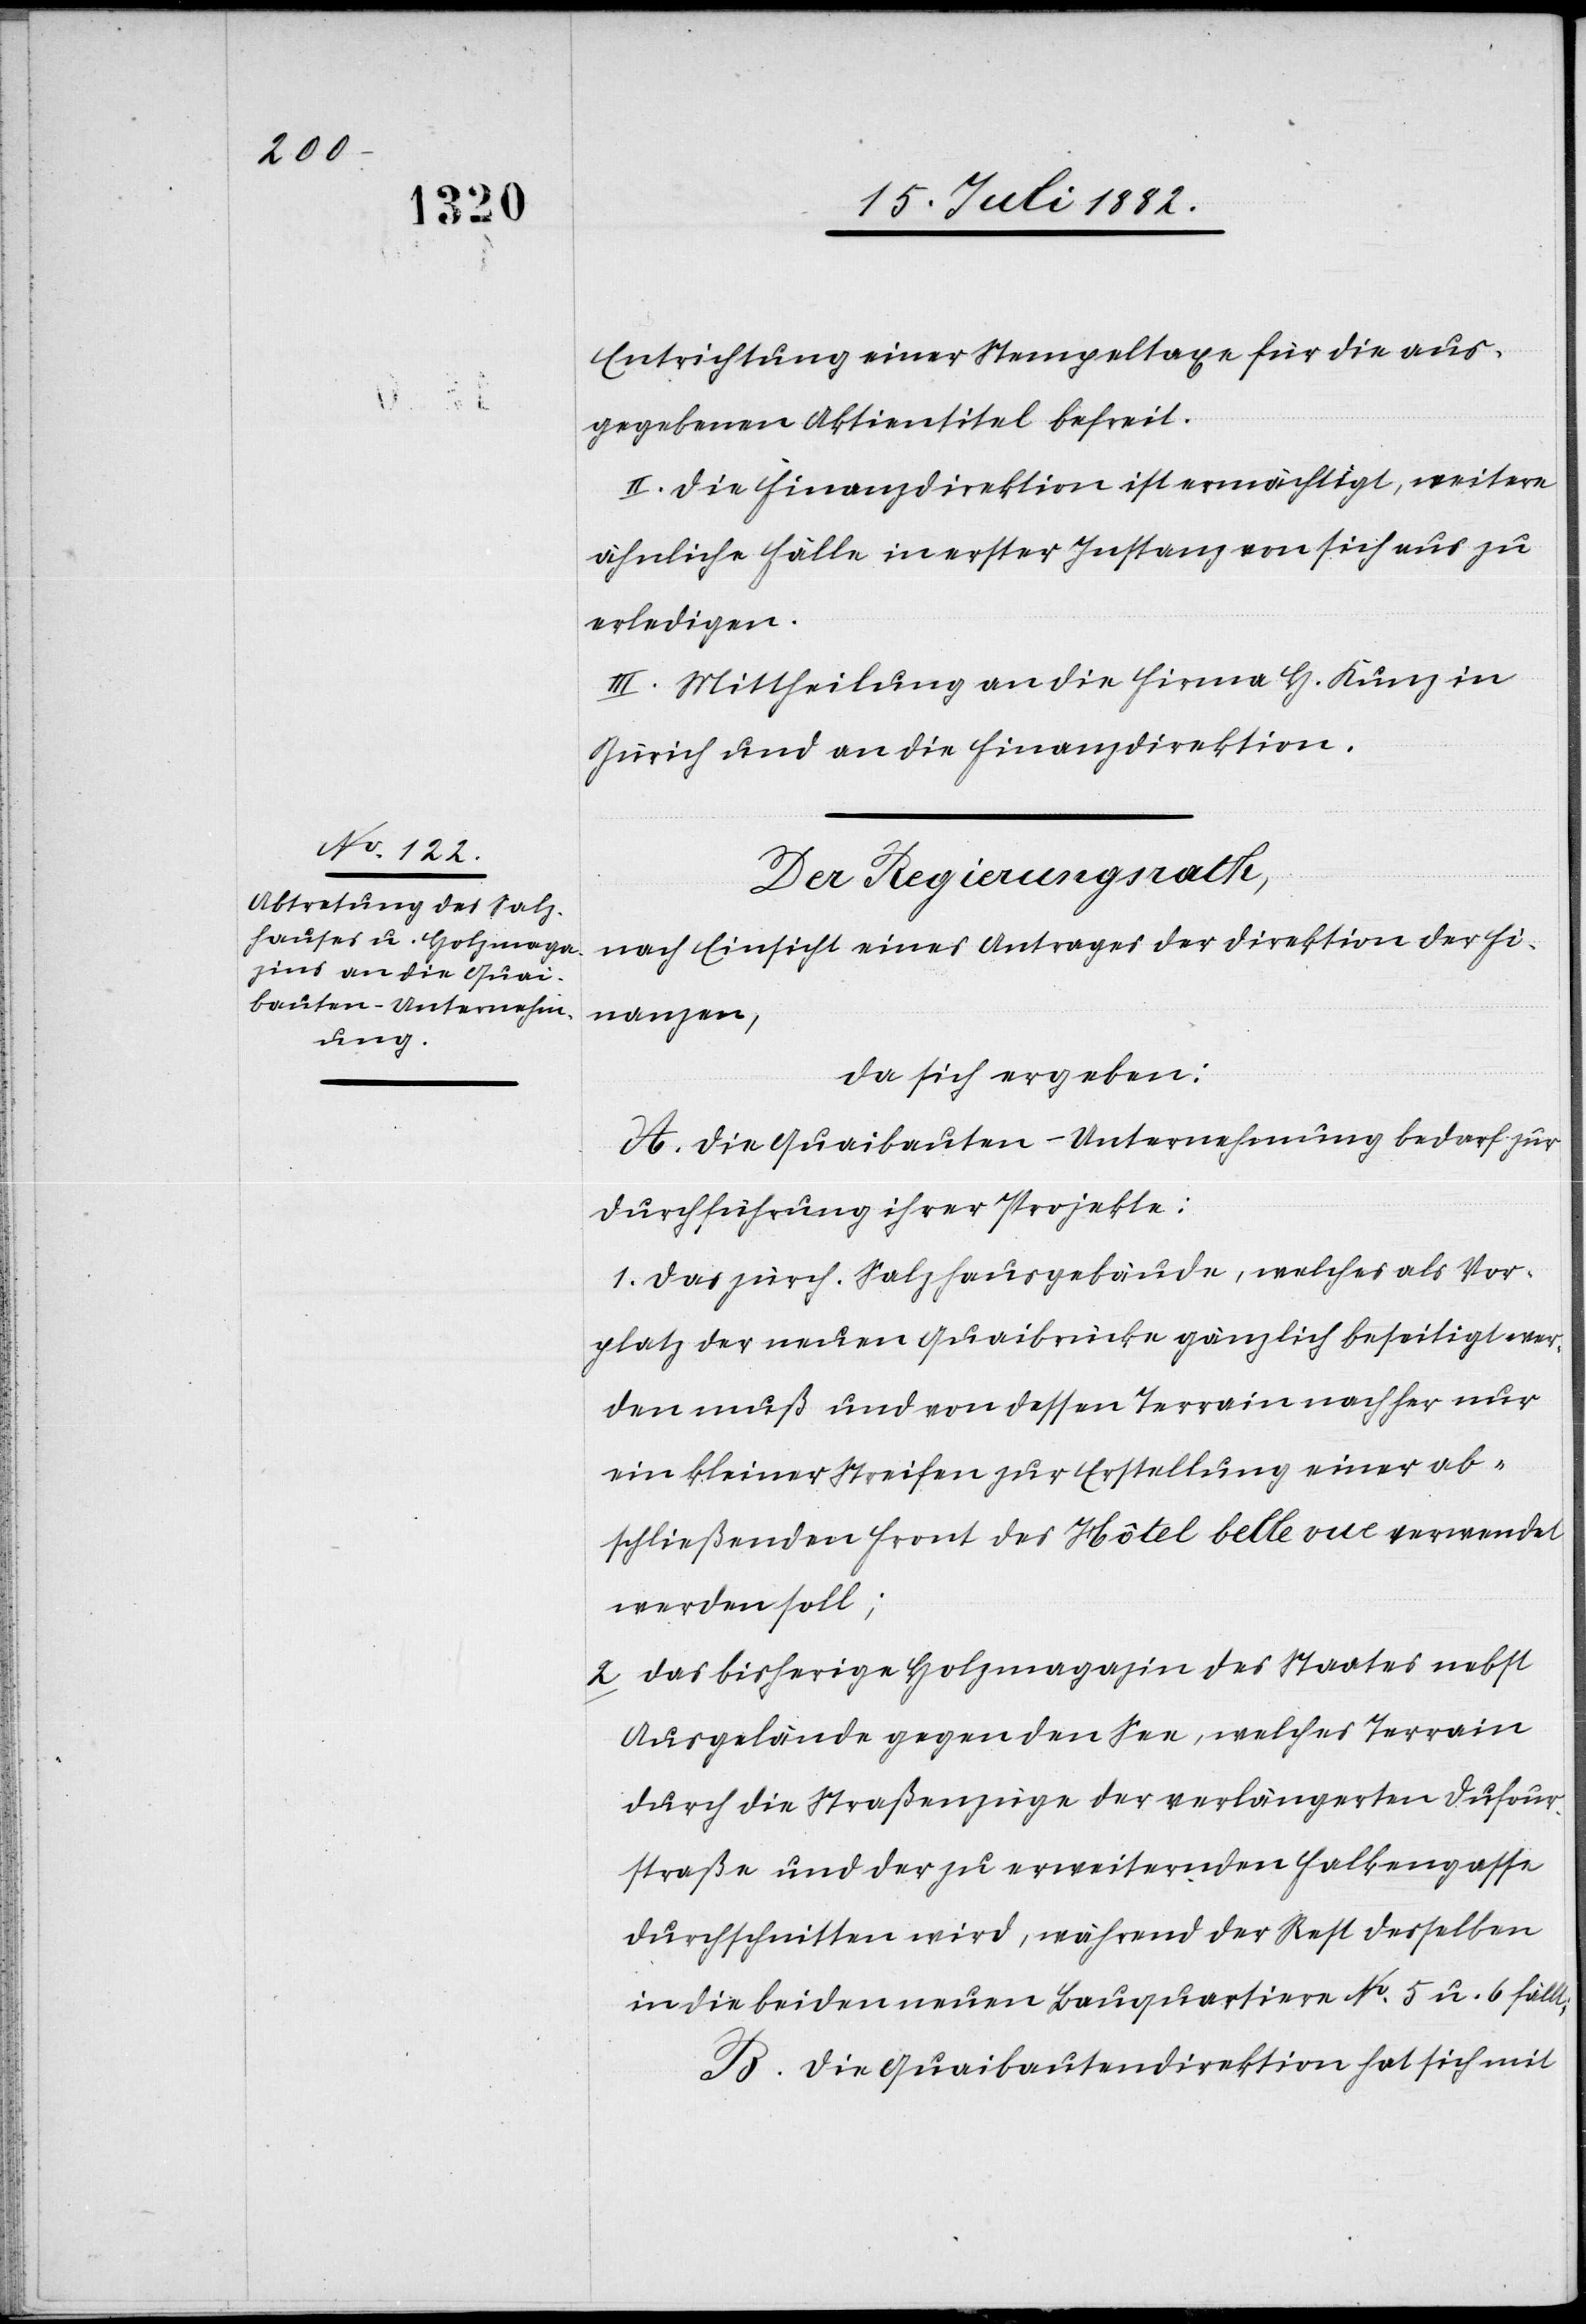
Entrichtung einer Stempeltaxe für die aus¬
gegebenen Aktientitel befreit.
II. Die Finanzdirektion ist ermächtigt, weitere
ähnliche Fälle in erster Instanz von sich aus zu
erledigen.
Der Regierungsrath,
nach Einsicht eines Antrages der Direktion der Fi¬
nanzen,
da sich ergeben:
A. Die Quaibauten-Unternehmung bedarf zur
Durchführung ihrer Projekte:
1. das zürch. Salzhausgebäude, welches als Vor¬
platz der neuen Quaibrücke gänzlich beseitigt wer¬
den muß und von dessen Terrain nachher nur
ein kleiner Streifen zur Erstellung einer ab¬
schließenden Front des Hôtel belle vue verwendet
werden soll;
2. das bisherige Holzmagazin des Staates nebst
Ausgelände gegen den See, welches Terrain
durch die Straßenzüge der verlängerten Dufour¬
straße und der zu erweiternden Falkengasse
durchschnitten wird, während der Rest desselben
in die beiden neuen Bauquartiere No 5 u. 6 fällt;
B. Die Quaibautendirektion hat sich mit